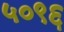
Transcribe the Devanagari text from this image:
५०९६